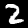
Label: 2